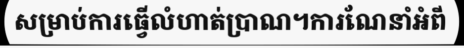
សម្រាប់ការធ្វើលំហាត់ប្រាណ។ការណែនាំអំពី